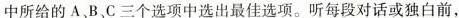
中所给的A,B,C三个选项中选出最佳选项。听每段对话或独白前,